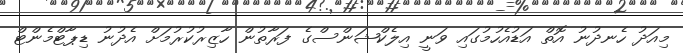
މިއަދު ހެނދުނު އޮތް އަޑުއެހުމުގައި ވަނީ އިލެކްޝަންސްގެ ފަރާތުން ހާޒިރުކުރުމަށް އެދުނު ޑިޕާޓްމެންޓް